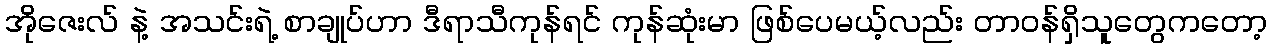
အိုဇေးလ် နဲ့ အသင်းရဲ့ စာချုပ်ဟာ ဒီရာသီကုန်ရင် ကုန်ဆုံးမာ ဖြစ်ပေမယ့်လည်း တာဝန်ရှိသူတွေကတော့